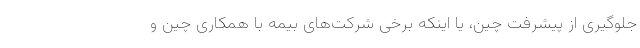
جلوگیری از پیشرفت چین، یا اینکه برخی شرکت‌های بیمه با همکاری چین و